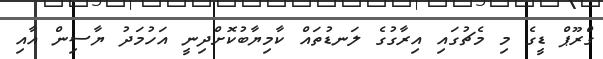
ގްރޫޕް ޑީގެ މި މެޗުގައި އިރާގުގެ ލަނޑުތައް ކާމިޔާބުކޮށްދިނީ އަހުމަދު ޔާސިން އާއި